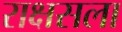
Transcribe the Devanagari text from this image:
राक्षसला